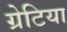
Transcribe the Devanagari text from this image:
ग्रेटिया